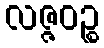
လဇ္ဇဝဉ္စ